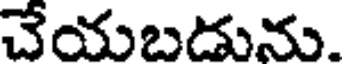
చేయబడును.